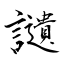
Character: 讉